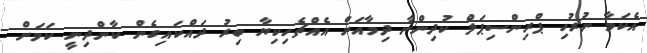
އެކަމާ ނުރުހި ޕްރިންސިޕަލް ކުދިންނާ ދިމާއަށް އެއްޗެހިކިޔާ ބިރު ދައްކައިގެން ކާންދިނީ ކަމަށް